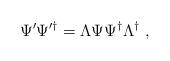
LaTeX: \begin{align*}\Psi' \Psi'^{\dag} = \Lambda \Psi \Psi^{\dag} \Lambda^{\dag}~,\end{align*}